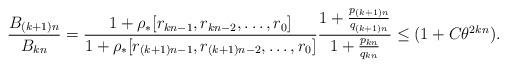
LaTeX: \begin{align*} { B_{(k+1) n} \over B_{k n} } = {1+ \rho_* [r_{k n-1}, r_{k n -2}, \ldots,r_0] \over 1+ \rho_* [r_{(k+1) n-1}, r_{(k+1) n -2}, \ldots,r_0]} {1+ {p_{(k+1)n} \over q_{(k+1) n}} \over 1 + { p_{k n} \over q_{k n} }} \le (1+C \theta^{2 k n}). \end{align*}